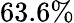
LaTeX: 63.6\%